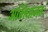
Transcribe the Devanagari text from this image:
अभिधानतः